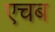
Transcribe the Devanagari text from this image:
एचब